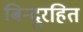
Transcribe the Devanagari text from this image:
बिन्दुरहित